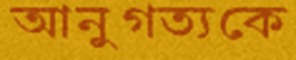
আনুগত্যকে